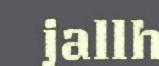
jallh